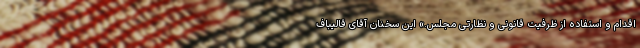
اقدام و استفاده از ظرفیت قانونی و نظارتی مجلس.» این سخنان آقای قالیباف